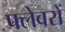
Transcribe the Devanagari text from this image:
फ्लेवरों